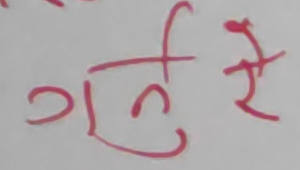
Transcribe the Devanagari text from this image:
गर्ने रे